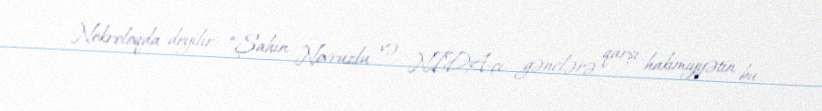
Nekroloqda deyilir: “Şahin Novruzlu və NİDA-çı gənclərə qarşı hakimiyyətin bu